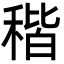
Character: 稭